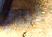
تريح